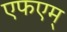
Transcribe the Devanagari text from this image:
एफएम्